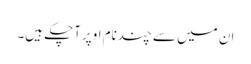
ان میں سے چندنام اوپرآچکے ہیں۔